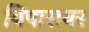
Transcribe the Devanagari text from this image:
विषारावर